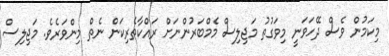
މިކަމުން ވެސް ދޭހަވަނީ މިވަގުތު މަޖިލިސް މެމްބަރުންނަށް ރައްކާތެރިކަން ނެތް މިންވަރެވެ. މަޖިލިސް